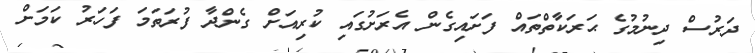
ދަރުސް ދިނުމުގެ ޙަރަކާތްތައް ފަށައިގެން އެރަށުގައި ކުރިއަށް ގެންދާ ފުރަތަމަ ފަހަރު ކަމަށް